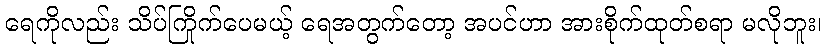
ရေကိုလည်း သိပ်ကြိုက်ပေမယ့် ရေအတွက်တော့ အပင်ဟာ အားစိုက်ထုတ်စရာ မလိုဘူး၊